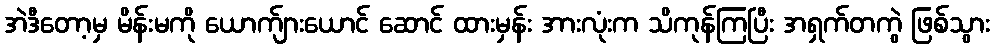
အဲဒီတော့မှ မိန်းမကို ယောက်ျားယောင် ဆောင် ထားမှန်း အားလုံးက သိကုန်ကြပြီး အရှက်တကွဲ ဖြစ်သွား